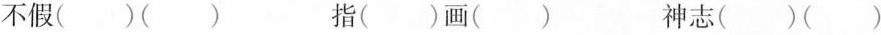
不假( )( ) 指( )画( ) 神志( )( )